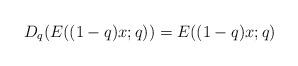
LaTeX: \begin{align*}D_q(E((1-q)x;q))=E((1-q)x;q)\end{align*}